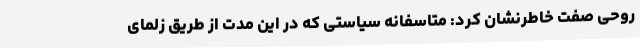
روحی صفت خاطرنشان کرد: متاسفانه سیاستی که در این مدت از طریق زلمای